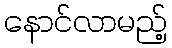
နောင်လာမည့်